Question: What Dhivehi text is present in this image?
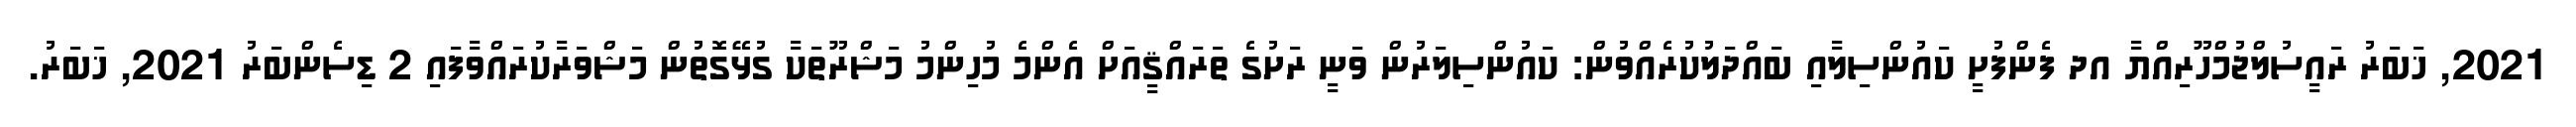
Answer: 2021, ޚަބަރު ރައީސުލްޖުމްހޫރިއްޔާ އދ ފެންފުށީ ކައުންސިލާއި ބައްދަލުކުރެއްވުން: ކައުންސިލަރުން ވަނީ ރަށުގެ ތަރައްޤީއަށް އެންމެ މުހިންމު މަޝްރޫތަކާ ގުޅޭގޮތުން މަޝްވަރާކުރައްވާފައި 2 ޑިސެންބަރު 2021, ޚަބަރު.